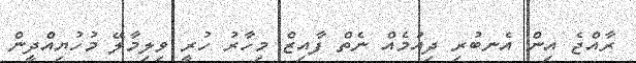
ރާއްޖެ އިން އެނބުރި ދިއުމެއް ނެތް ފާއިޒް މިހާރު ހުރީ ވިލިމާލޭ މުހުޔިއްދީން